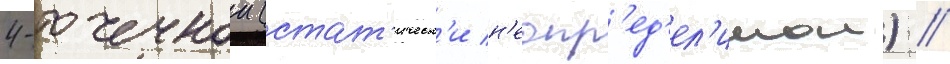
4-точечнои (стат'ическ'и н'еопр'ед'ел'имои) //